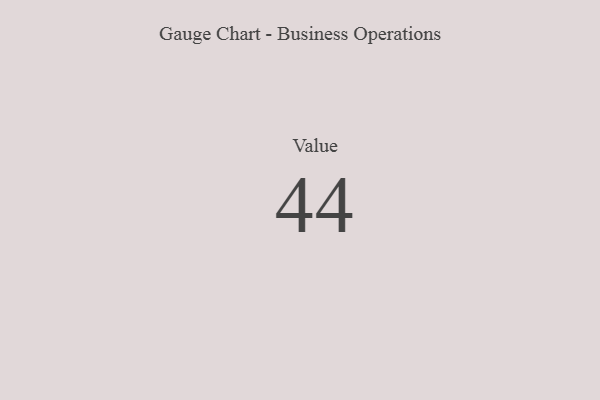
{"axis": {"x": "Metric", "y": "Value"}, "legend": [""], "data": [{"x": "Value", "y": 44, "type": ""}]}